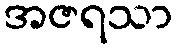
အဇရသာ